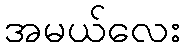
အမယ်လေး